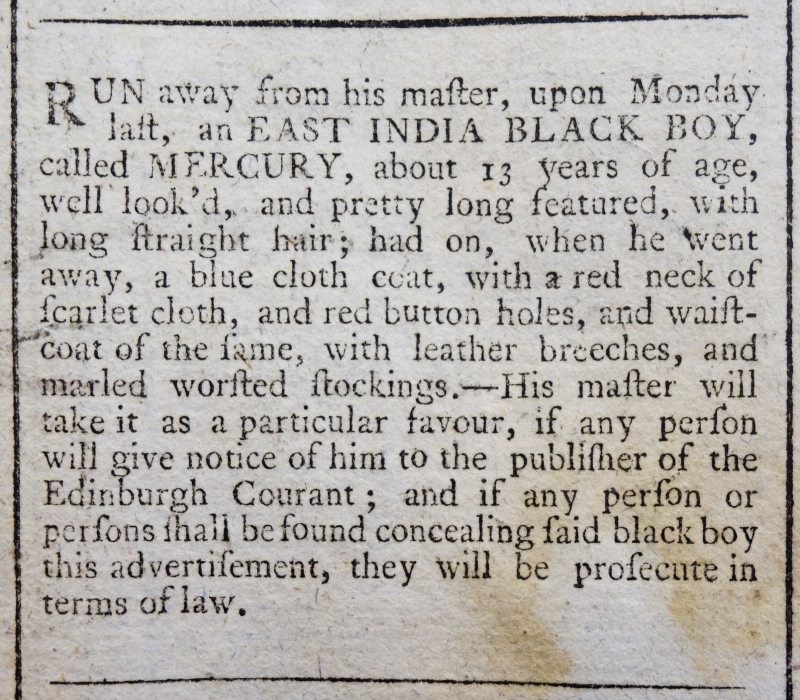
Edinburgh Advertiser, 15 September 1769 (Scotland)
RUN away from his master, upon Monday last, an EAST INDIA BLACK BOY, called MERCURY, about 13 years of age, well look'd, and pretty long featured, with long straight hair; had on, when he went away, a blue cloth coat, with a red neck of scarlet cloth, and red button holes, and a waistcoat of the same, with leather breeches, and marled worsted stockings. - His master will take it as a particular favour, if any person will give notice of him to the publisher of the Edinburgh Courant; and if any person or persons shall be found concealing said black boy this advertisement, they will prosecute in terms of law.